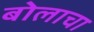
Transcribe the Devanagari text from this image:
बोलाचा